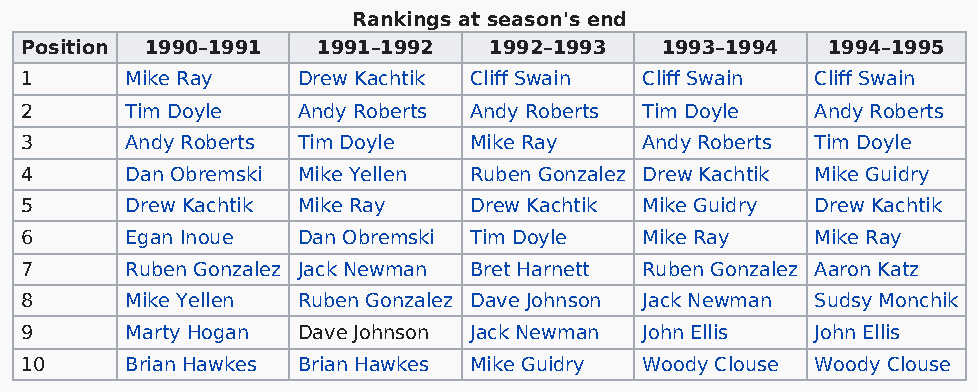
Rankings at season's end
 Position 1990–1991  1991–1992  1992–1993   1993–1994  1994–1995
 1      Mike Ray    Drew Kachtik Cliff Swain Cliff Swain Cliff Swain
 2      Tim Doyle   Andy Roberts Andy Roberts Tim Doyle Andy Roberts
 3      Andy Roberts Tim Doyle Mike Ray   Andy Roberts Tim Doyle
 4      Dan Obremski Mike Yellen Ruben Gonzalez Drew Kachtik Mike Guidry
 5      Drew Kachtik Mike Ray  Drew Kachtik Mike Guidry Drew Kachtik
 6      Egan Inoue  Dan Obremski Tim Doyle Mike Ray   Mike Ray
 7      Ruben Gonzalez Jack Newman Bret Harnett Ruben Gonzalez Aaron Katz
 8      Mike Yellen Ruben Gonzalez Dave Johnson Jack Newman Sudsy Monchik
 9      Marty Hogan Dave Johnson Jack Newman John Ellis John Ellis
 10     Brian Hawkes Brian Hawkes Mike Guidry Woody Clouse Woody Clouse